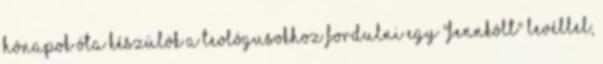
hónapok óta készülök a teológusokhoz fordulni egy "fennkölt" levéllel,